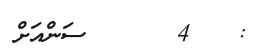
:   4      ސަންއަށް